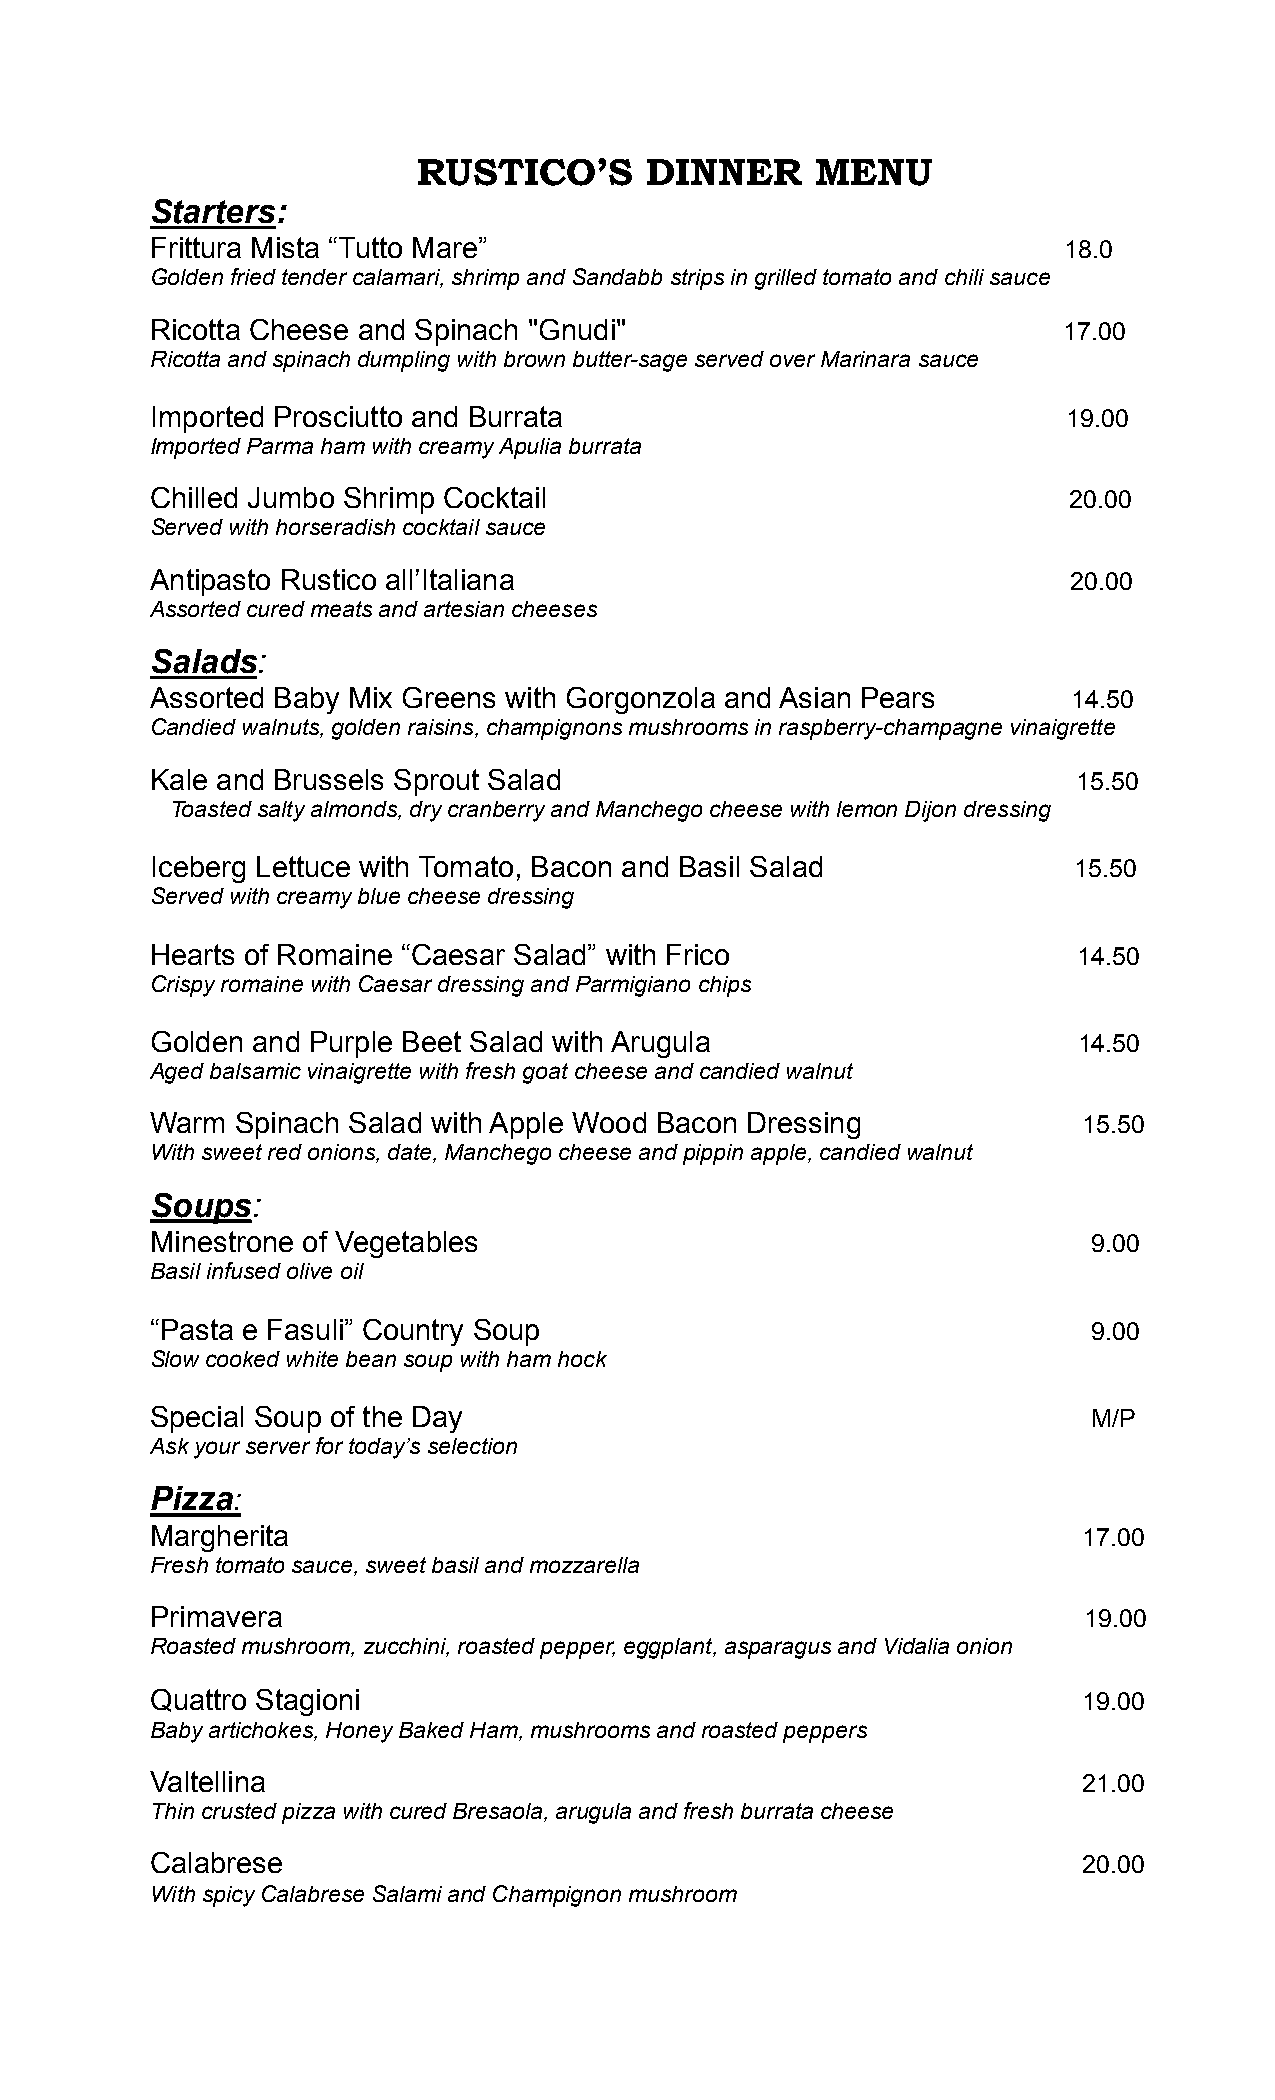
RUSTICO’S      DINNER     MENU
 Starters:
 Frittura Mista “Tutto Mare”                                 18.0
 Golden fried tender calamari, shrimp and Sandabb strips in grilled tomato and chili sauce
 Ricotta Cheese and Spinach "Gnudi"                          17.00
 Ricotta and spinach dumpling with brown butter-sage served over Marinara sauce
 Imported Prosciutto and Burrata                              19.00
 Imported Parma ham with creamy Apulia burrata
 Chilled Jumbo Shrimp Cocktail                                20.00
 Served with horseradish cocktail sauce
 Antipasto Rustico all’Italiana                               20.00
 Assorted cured meats and artesian cheeses
 Salads:
 Assorted Baby Mix Greens with Gorgonzola and Asian Pears     14.50
 Candied walnuts, golden raisins, champignons mushrooms in raspberry-champagne vinaigrette
 Kale and Brussels Sprout Salad                               15.50
 Toasted salty almonds, dry cranberry and Manchego cheese with lemon Dijon dressing
 Iceberg Lettuce with Tomato, Bacon and Basil Salad           15.50
 Served with creamy blue cheese dressing
 Hearts of Romaine “Caesar Salad” with Frico                  14.50
 Crispy romaine with Caesar dressing and Parmigiano chips
 Golden and Purple Beet Salad with Arugula                    14.50
 Aged balsamic vinaigrette with fresh goat cheese and candied walnut
 Warm  Spinach Salad with Apple Wood Bacon Dressing            15.50
 With sweet red onions, date, Manchego cheese and pippin apple, candied walnut
 Soups:
 Minestrone of Vegetables                                      9.00
 Basil infused olive oil
 “Pasta e Fasuli” Country Soup                                 9.00
 Slow cooked white bean soup with ham hock
 Special Soup of the Day                                       M/P
 Ask your server for today’s selection
 Pizza:
 Margherita                                                    17.00
 Fresh tomato sauce, sweet basil and mozzarella
 Primavera                                                     19.00
 Roasted mushroom, zucchini, roasted pepper, eggplant, asparagus and Vidalia onion
 Quattro Stagioni                                              19.00
 Baby artichokes, Honey Baked Ham, mushrooms and roasted peppers
 Valtellina                                                    21.00
 Thin crusted pizza with cured Bresaola, arugula and fresh burrata cheese
 Calabrese                                                     20.00
 With spicy Calabrese Salami and Champignon mushroom